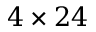
4 \times 2 4